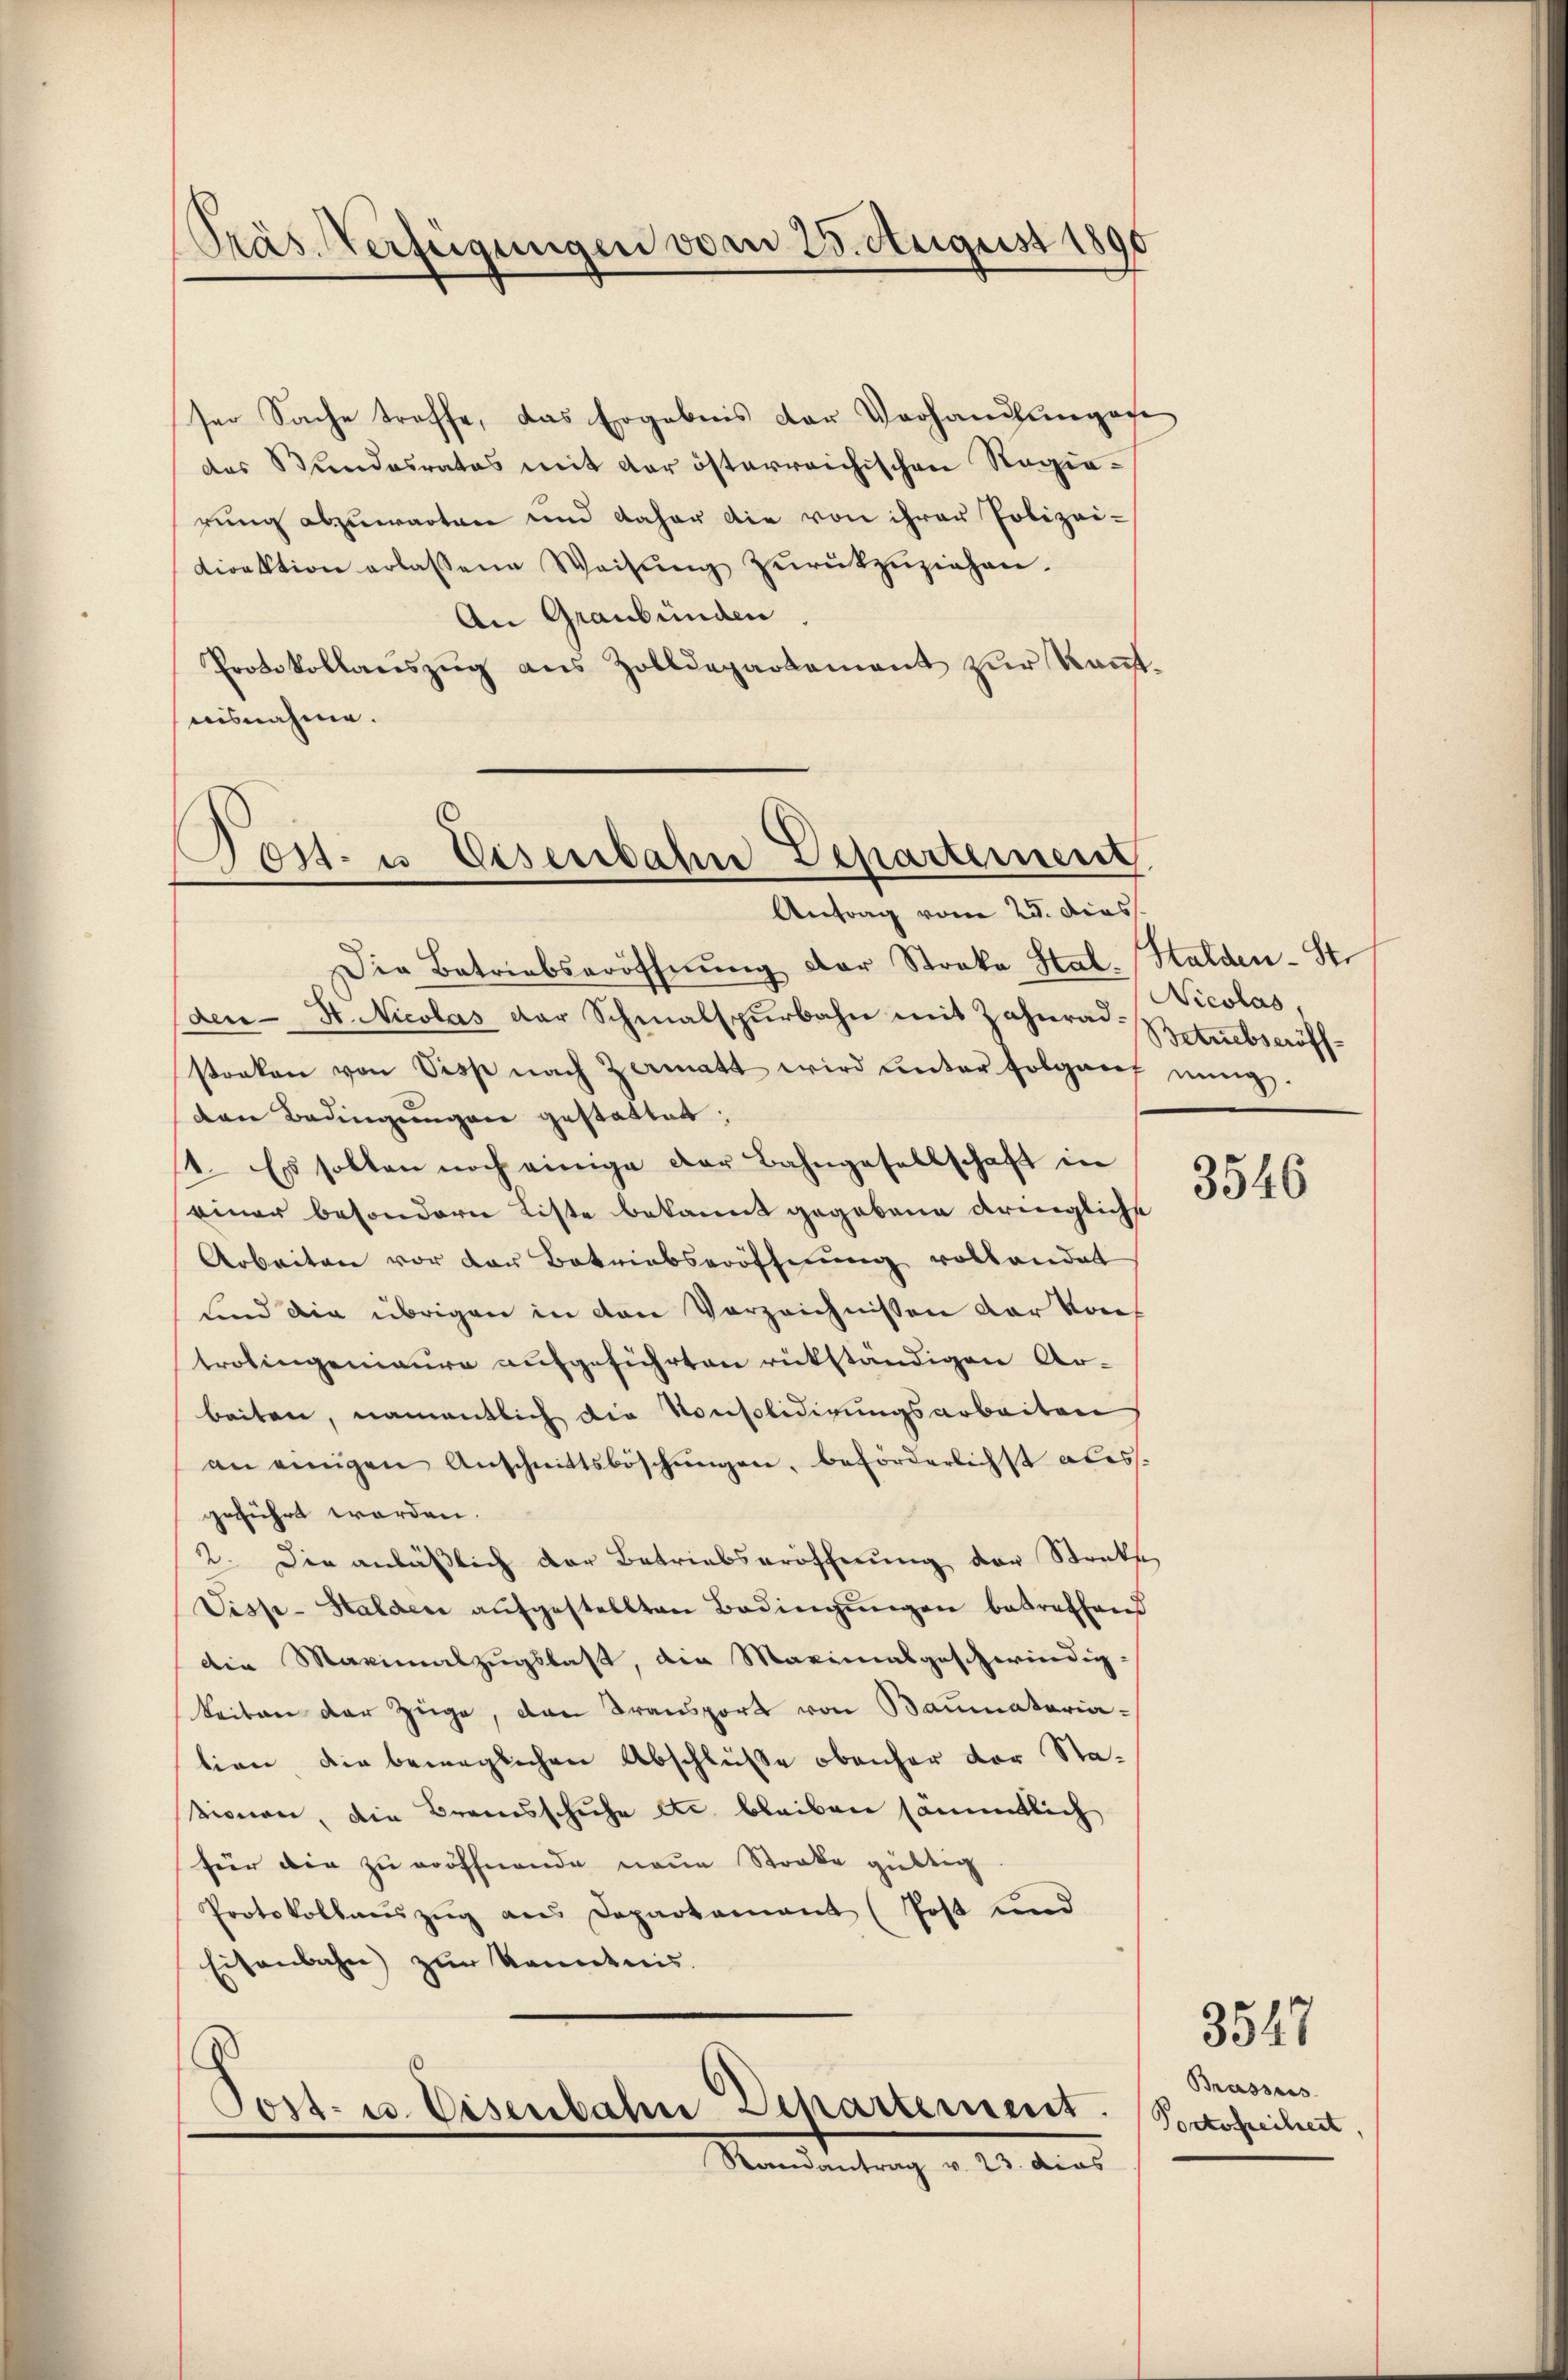
ser Sache troffe, das Ergebnis der Vorhandlungege
des Bundesrates mit der österreichischen Regierung abzuwarten und daher die von ihrer Polizei-
Direktion erlassene Weisŭng zŭrückzuziehen.
An Graubünden.
Protokollaŭszŭg ans Zolldepartement zŭr Kant-
uisnahme.

Präs. Verfügungen vom 23. August 189

Post- u Eisenbahn Departement
Antrag vom 25. dies

Die Betriebseröffnŭng der Streke Stat. Halden-St.
den- St. Nicolas der Schmalspurbahn mit Zahnrad Botzebseröffstraken von Sess nach Zermatt wird unter folgarf nŭng.
den Bedingungen gestattet;
1. Es sollen noch einige der Bahngesellschaft in
einer besondern Liste bekannt gegebene dringliche
Arbeiten vor der Betriebseröffnung vollendet
sind die übrigen in den Vorzeichnissen der Konf
trolingenieure aufgeführten rükständigen Ar-
beiten, namentlich die Konsolidirungsarbeiten
an einigen Anschnittsböschungen, beförderlichst abesgeführt worden.
2. Die anläßlich der Betriebseröffnung der Streke,
Viss-Stalden aŭfgestellten Bedingŭngen betreffend
die Maximalzugslast, die Maximalgeschwindig-
keiten der Züge, den Transport von Baumatariation die beweglichen Abschlüße obenher der Sta-
sionen, die Brannsschuhe etc. bleiben sämmtlich
für die zu eröffnende neue Stocke gültig
Protokollaŭszŭg ans Departement (Post und
Eisenbahn zur Kenntnis.

Post- u. Eisenbahne Departement. Portofreiheit
Randantrag v. 23. dies

Nicolas,

3546

3547

Brasses.